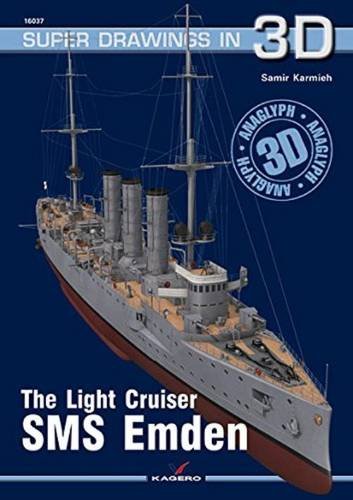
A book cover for The Light Cruiser SMS Emden (Super Drawings in 3D); Samir Karmieh; History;